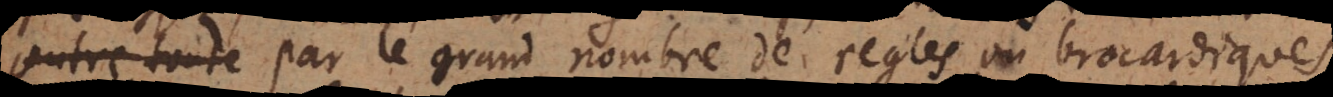
outre toute par le grand nombre de regles ou brocardiques